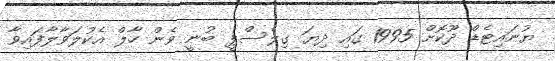
ޔުނައިޓެޑް ދޫކޮށް 1995 ގައި ދިޔަ ގިލެސްޕީ ބުނީ ވެން ހާލް އެކުލަވާލާފައިވާ